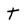
Character: t